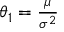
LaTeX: \textstyle \theta _ { 1 } = { \frac { \mu } { \sigma ^ { 2 } } }